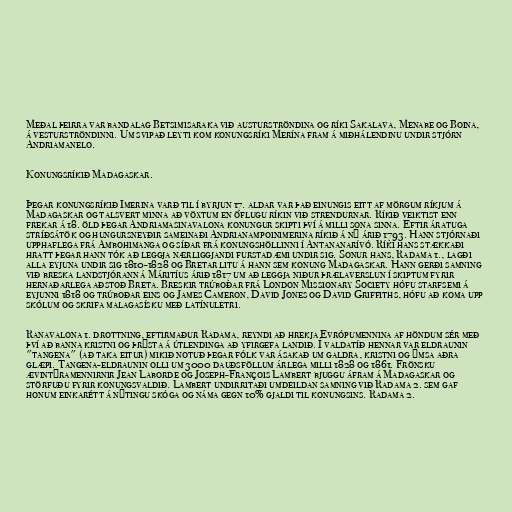
Meðal þeirra var bandalag Betsimisaraka við austurströndina og ríki Sakalava, Menabe og Boina,
á vesturströndinni. Um svipað leyti kom konungsríki Merína fram á miðhálendinu undir stjórn
Andriamanelo.

Konungsríkið Madagaskar.

Þegar konungsríkið Imerina varð til í byrjun 17. aldar var það einungis eitt af mörgum ríkjum á
Madagaskar og talsvert minna að vöxtum en öflugu ríkin við strendurnar. Ríkið veiktist enn
frekar á 18. öld þegar Andriamasinavalona konungur skipti því á milli sona sinna. Eftir áratuga
stríðsátök og hungursneyðir sameinaði Andrianampoinimerina ríkið á ný árið 1793. Hann stjórnaði
upphaflega frá Ambohimanga og síðar frá konungshöllinni í Antananarívó. Ríki hans stækkaði
hratt þegar hann tók að leggja nærliggjandi furstadæmi undir sig. Sonur hans, Radama 1., lagði
alla eyjuna undir sig 1810-1828 og Bretar litu á hann sem konung Madagaskar. Hann gerði samning
við breska landstjórann á Máritíus árið 1817 um að leggja niður þrælaverslun í skiptum fyrir
hernaðarlega aðstoð Breta. Breskir trúboðar frá London Missionary Society hófu starfsemi á
eyjunni 1818 og trúboðar eins og James Cameron, David Jones og David Griffiths, hófu að koma upp
skólum og skrifa malagasísku með latínuletri.

Ranavalona 1. drottning, eftirmaður Radama, reyndi að hrekja Evrópumennina af höndum sér með
því að banna kristni og þrýsta á útlendinga að yfirgefa landið. Í valdatíð hennar var eldraunin
"tangena" (að taka eitur) mikið notuð þegar fólk var ásakað um galdra, kristni og ýmsa aðra
glæpi. Tangena-eldraunin olli um 3000 dauðsföllum árlega milli 1828 og 1861. Frönsku
ævintýramennirnir Jean Laborde og Joseph-François Lambert bjuggu áfram á Madagaskar og
störfuðu fyrir konungsvaldið. Lambert undirritaði umdeildan samning við Radama 2. sem gaf
honum einkarétt á nýtingu skóga og náma gegn 10% gjaldi til konungsins. Radama 2.